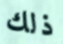
ذلك